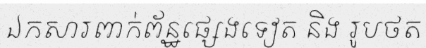
ឯកសារពាក់ព័ន្ឋផ្សេងទៀត និង រូបថត